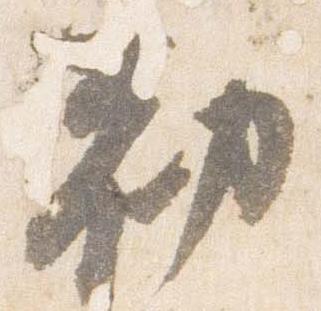
勧